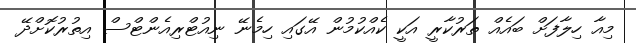
މިއާ ހިލާފަށް ބައެއް ތަރުކާރީ އަކީ ކެއްކުމުން އޭގައި ހިމެނޭ ނިއުޓްރިއެންޓްސް އިތުރުކޮށްދޭ